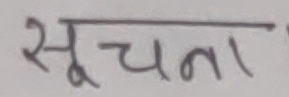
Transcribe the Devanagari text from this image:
सूचना